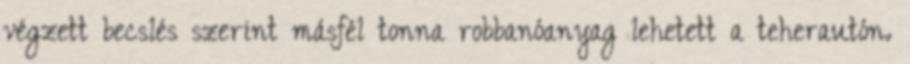
végzett becslés szerint másfél tonna robbanóanyag lehetett a teherautón.